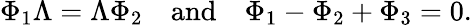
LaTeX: \Phi_{1}\Lambda=\Lambda\Phi_{2}\quad\mathrm{and}\quad\Phi_{1}-\Phi_{2}+\Phi_{3}=0.